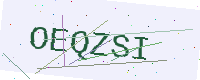
Text: OEQZSI